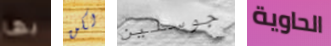
بها لكن جوسلين الحاوية